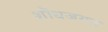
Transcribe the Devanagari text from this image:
शॊधजगत